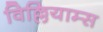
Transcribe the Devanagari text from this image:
विल्लियाम्स